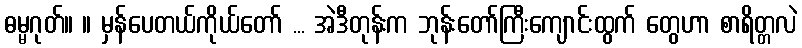
ဓမ္မဂုတ်။ ။ မှန်ပေတယ်ကိုယ်တော် ... အဲဒီတုန်းက ဘုန်းတော်ကြီးကျောင်းထွက် တွေဟာ စာရိတ္တလဲ